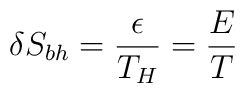
\delta S_{bh} = \frac{\epsilon}{T_H} = \frac{E}{T}